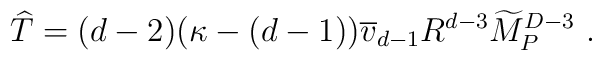
{\widehat T}=(d-2)(\kappa-(d-1)){\overline v}_{d-1} R^{d-3} {\widetilde M}_P^{D-3}~.